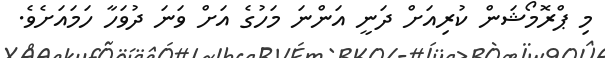
މި ޕްރޮމޯޝަން ކުރިއަށް ދަނީ އަންނަ މަހުގެ އަށް ވަނަ ދުވަހާ ހަމައަށެވެ.